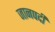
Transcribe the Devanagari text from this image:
जानपदी